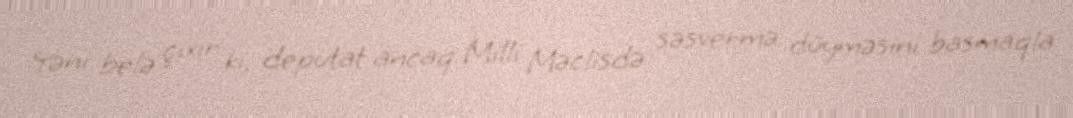
Yəni belə çıxır ki, deputat ancaq Milli Məclisdə səsvermə düyməsini basmaqla